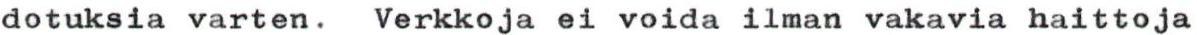
dotuksia varten. Verkkoja ei voida ilman vakavia haittoja